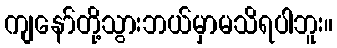
ကျနော်တို့သွားဘယ်မှာမသိရပါဘူး။